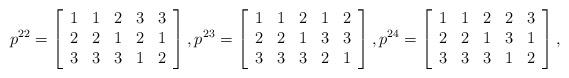
LaTeX: \begin{align*}p^{22}=\left[\begin{array}{ccccc} 1 & 1 & 2 & 3 & 3\\ 2 & 2 & 1 & 2 & 1\\ 3 & 3 & 3 & 1 & 2\\\end{array}\right],p^{23}=\left[\begin{array}{ccccc} 1 & 1 & 2 & 1 & 2 \\ 2 & 2 & 1 & 3 & 3 \\ 3 & 3 & 3 & 2 & 1 \\\end{array}\right],p^{24}=\left[\begin{array}{ccccc} 1 & 1 & 2 & 2 & 3 \\ 2 & 2 & 1 & 3 & 1 \\ 3 & 3 & 3 & 1 & 2 \\\end{array}\right],\end{align*}